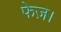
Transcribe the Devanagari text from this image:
फेज़।